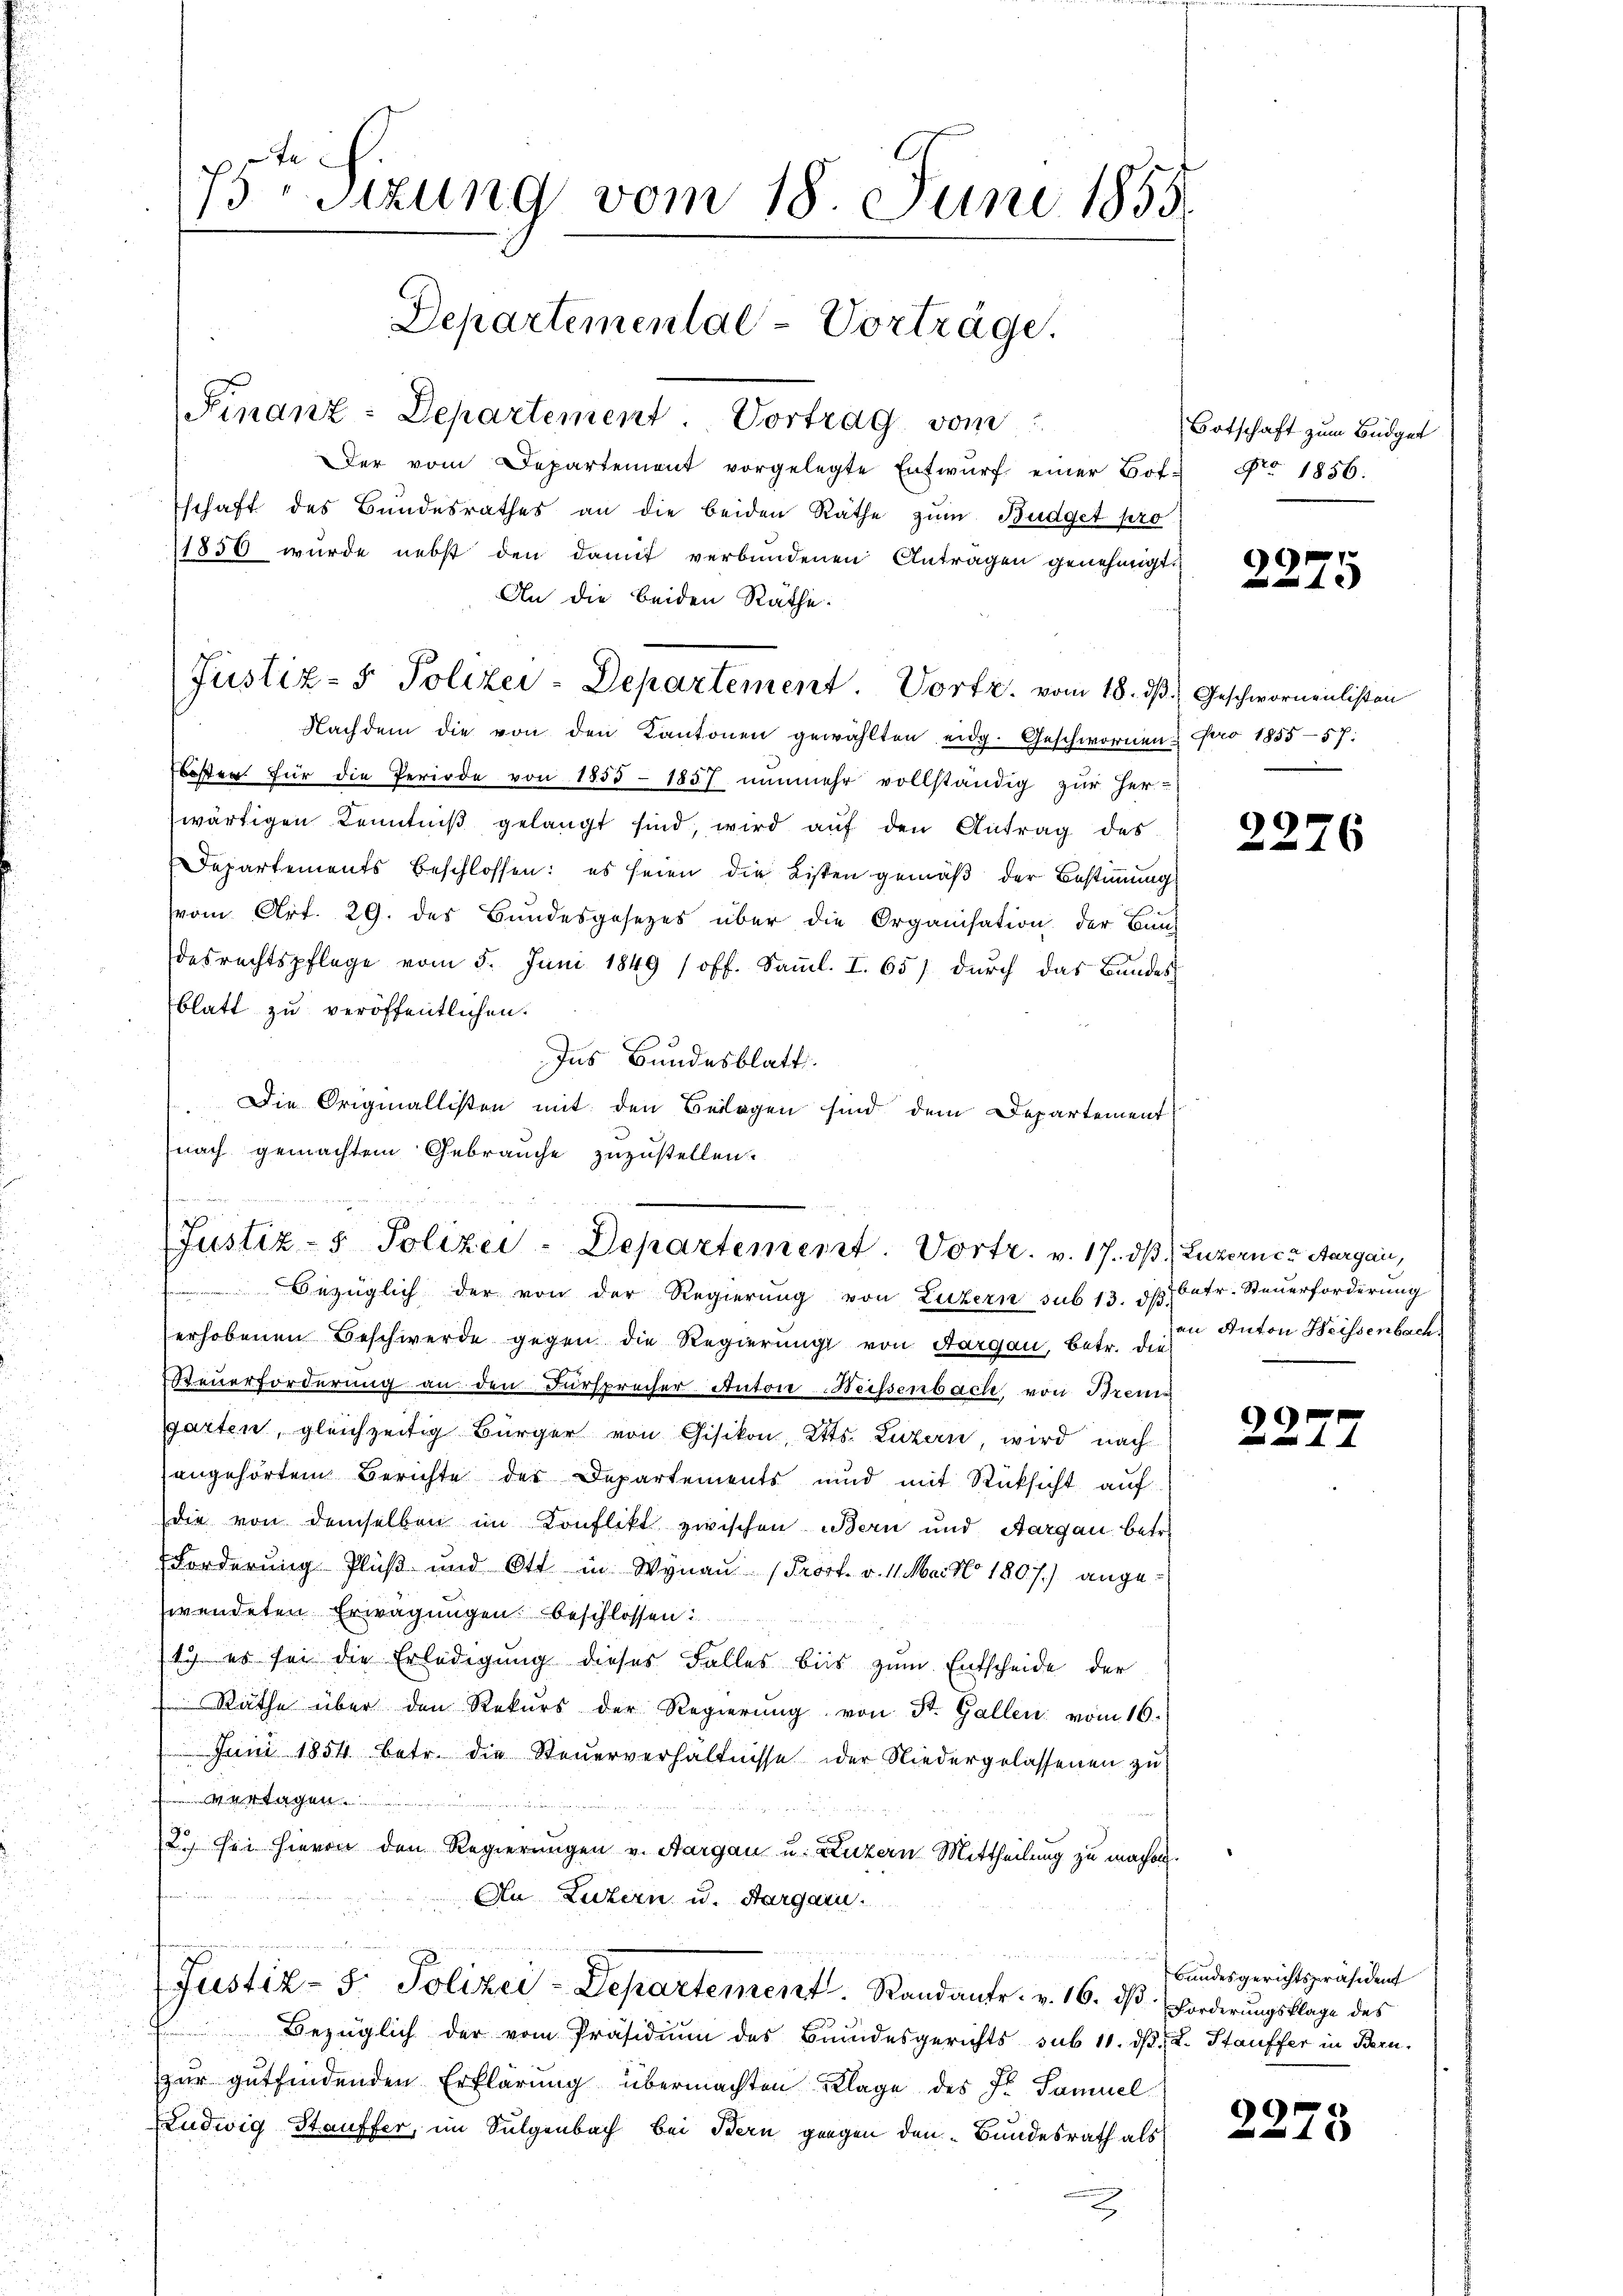
75ten Sizung vom 18. Juni 1855.
Departemental-Vorträge.
Finanz-Departement. Vortrag vom
Der vom Departement vorgelegte Entwŭrf einer Bot. Nro 1856.
schaft des Bundesrathes an die beiden Räthe zum Budget pro
11850 wurde nebst den damit verbundenen Antragen genehmigt.

Nachdem die von den Kantonen gewählten eidg. Geschwornen pro 1855-57:
besten für die Periode von 1855 - 1857 nunmehr vollständig zur Her-
wärtigen Kenntniß gelangt sind wird auf den Antrag des
Departements beschlossen: es seien die Listen gemäß der Bestimmung
vom Art. 29. des Bundesgesezes über die Organisation der Bau-
desrechtspflege vom 5. Juni 1849 (off. Samml. I. 65) durch das Bandes
blatt zu veröffentlichen.
Ins Bundesblatt
Die Originallisten mit den Beilagen sind dem Departement
nach gemachtem Gebrauche zuzustellen.

Bezüglich der von der Regierung von Luzern sub 13. ds. betr. Steuerforderung
erhobenen Beschwerde gegen die Regierung von Aargau, betr. die-
Steuerforderung an den Fürsprecher Anton Weissenbach von Strengarten, gleichzeitig Bürger von Gisikon, Etts. Luzern, wird nach
sengehörtem Berichte des Departements und mit Rücksicht auf
die von demselben im Konflikt zwischen Bern und Aargau betr.
Forderung Pluß und Ott in Wynau (Prost. v. 11. Mai 1807.) angewendeten Erwägungen beschlossen:
1. es sei die Erledigung dieses Falles bis zŭm Entscheide der
Räthe über den Rekŭrs der Regierŭng von St. Gallen vom 16.
Juni 1854 betr. die Steuerverhältnisse oder Niedergelassenen zu
 d. M. der G
2. sei hievon den Regierungen v. Aargau u. Luzern Mittheilung zu machen.
An Luzern u. Aargarn.
u
Justiz- & Polizei-Departement. Randants. v. 16. dß. Forderungsklage des
Bezüglich der vom Präsidium des Bundesgerichts sub 11. d. L. Stauffer in Bern.
zur gutfindenden Erklärung übermachten Klage des Fr. Samuel
Ludwig Stauffer, im Sulgenbach bei Bern gangen den „Bundesrath als
2

An die beiden Räthe:
Justiz- & Polizei-Departement. Vortr. vom 18. ds Geschwornenlisten

oe von dessen.
Justiz- & Polizei-Departement. Vortr. v. 17. dβ (Luzerner Aargau,

Botschaft zum Büdget

G
42

2276

an Anton Weissenbach.

2272

bundesgerichtspräsident

2273